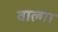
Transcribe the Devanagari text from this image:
वाल्गा